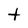
Character: t